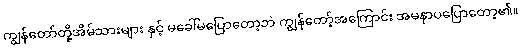
ကျွန်တော်တို့အိမ်သားများ နှင့် မခေါ်မပြောတော့ဘဲ ကျွန်တော့်အကြောင်း အမနာပပြောတော့၏။